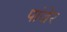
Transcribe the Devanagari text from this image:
पांजेर